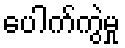
ပေါက်ကွဲမှု